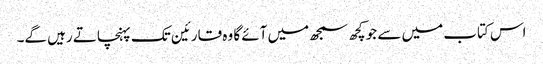
اس کتاب میں سے جو کچھ سمجھ میں آئے گا وہ قارئین تک پہنچاتے رہیں گے۔